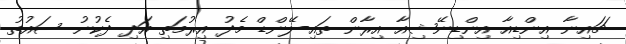
ޗައިނާ އިންޑިއާ އިންޑިނޭޝިއާ އިރާން ތައި-ލޭންޑް މެދު އިރުމަތި އަދި ދެކުނު ސައުތު